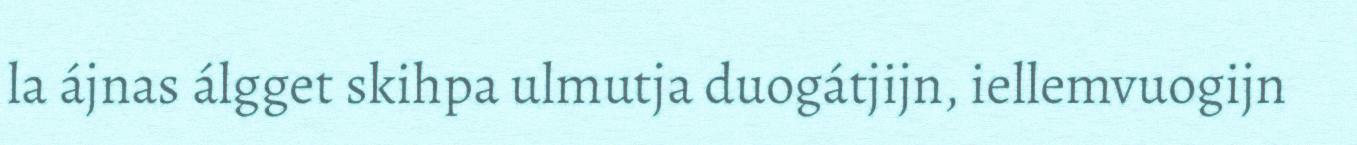
la ájnas álgget skihpa ulmutja duogátjijn, iellemvuogijn